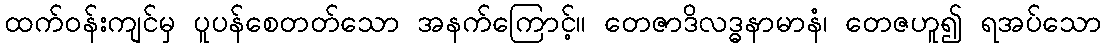
ထက်ဝန်းကျင်မှ ပူပန်စေတတ်သော အနက်ကြောင့်။ တေဇာဒိလဒ္ဓနာမာနံ၊ တေဇဟူ၍ ရအပ်သော